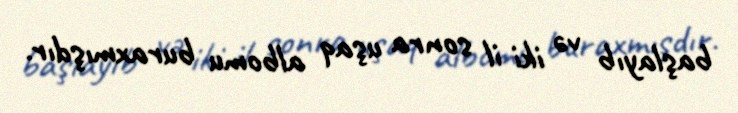
başlayıb və iki il sonra uşaq albomu buraxmışdır.